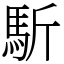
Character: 馸